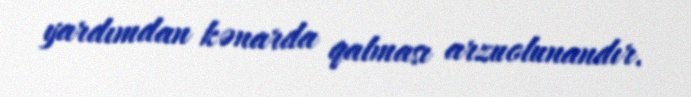
yardımdan kənarda qalması arzuolunandır.